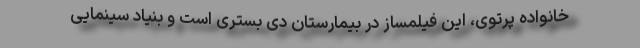
خانواده پرتوی، این فیلمساز در بیمارستان دی بستری است و بنیاد سینمایی